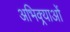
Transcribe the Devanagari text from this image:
अभिक्र्याओं